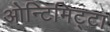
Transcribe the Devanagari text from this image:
ओन्टिमिट्टा